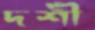
দর্শী